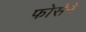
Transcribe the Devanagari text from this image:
फोर्सने